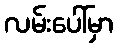
လမ်းပေါ်မှာ